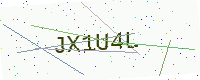
Text: JX1U4L